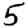
Digit: 5